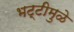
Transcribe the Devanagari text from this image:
भट्टीमुळे